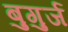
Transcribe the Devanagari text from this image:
बुगुर्ज